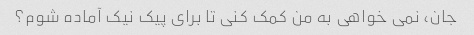
جان، نمی خواهی به من کمک کنی تا برای پیک نیک آماده شوم؟